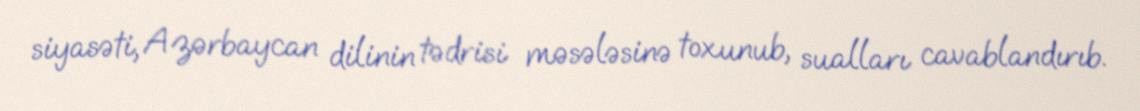
siyasəti, Azərbaycan dilinin tədrisi məsələsinə toxunub, sualları cavablandırıb.